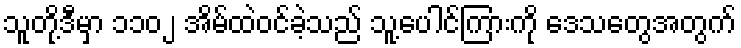
သူတို့ဒီမှာ ၁၁၀၂ အိမ်ထဲဝင်ခဲ့သည် သူ့ပေါင်ကြားကို ဒေသတွေအတွက်